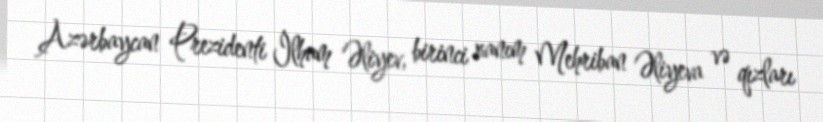
Azərbaycan Prezidenti İlham Əliyev, birinci xanım Mehriban Əliyeva və qızları